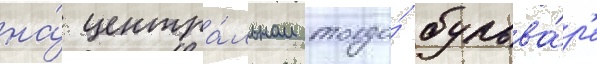
на́ центра́льном тогда́ бульва́р'е